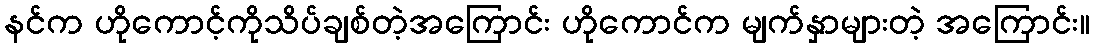
နင်က ဟိုကောင့်ကိုသိပ်ချစ်တဲ့အကြောင်း ဟိုကောင်က မျက်နှာများတဲ့ အကြောင်း။